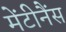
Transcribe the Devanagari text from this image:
मेंटीनैंस